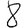
Digit: 8